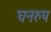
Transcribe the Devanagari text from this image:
घनरुप